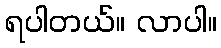
ရပါတယ်။ လာပါ။